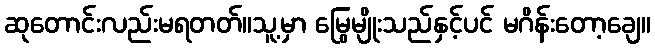
ဆုတောင်းလည်းမရတတ်။သူ့မှာ မြွေမျိုးသည်နှင့်ပင် မဂိန်းတော့ချေ။